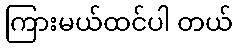
ကြားမယ်ထင်ပါ တယ်